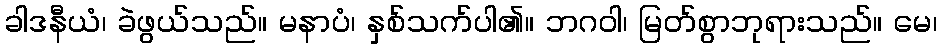
ခါဒနီယံ၊ ခဲဖွယ်သည်။ မနာပံ၊ နှစ်သက်ပါ၏။ ဘဂဝါ၊ မြတ်စွာဘုရားသည်။ မေ၊